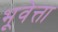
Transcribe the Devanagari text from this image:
भूवेत्ता